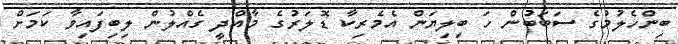
ބިންހެލުމުގެ ސަބަބުން ހަ ބިލިޔަން އެމެރިކާ ޑޮލަރުގެ މާއްދީ ގެއްލުން ލިބިފައިވާ ކަމަށް